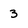
Character: 3